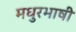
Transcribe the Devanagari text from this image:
मधुरभाषी